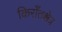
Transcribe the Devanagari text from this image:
किराँतक्षेत्र